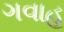
ગવાહ